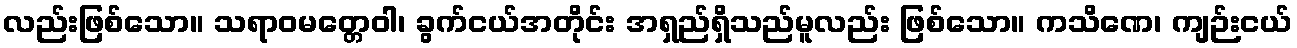
လည်းဖြစ်သော။ သရာဝမတ္တေဝါ၊ ခွက်ငယ်အတိုင်း အရှည်ရှိသည်မူလည်း ဖြစ်သော။ ကသိဏေ၊ ကျဉ်းငယ်